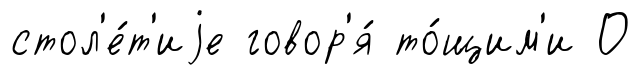
стол'е́т'иjе говор'я́ то́щим'и О